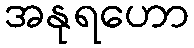
အနုရဟော